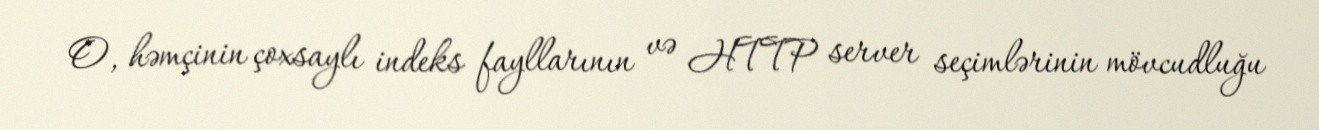
O, həmçinin çoxsaylı indeks fayllarının və HTTP server seçimlərinin mövcudluğu